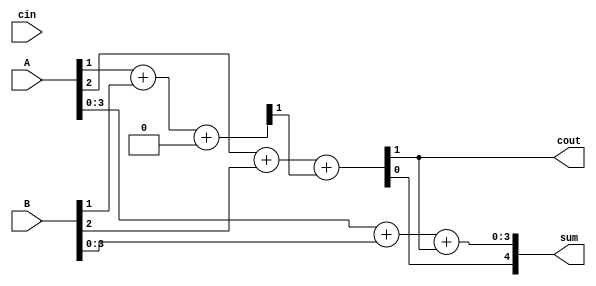
module carry_bypass_adder (
    input wire [31:0] A,
    input wire [31:0] B,
    input wire cin,
    output reg [31:0] sum,
    output reg cout
);

wire [31:0] c0, c1, c2;
wire [31:0] s0, s1, s2;

assign {c0[0], s0} = A[0] + B[0] + cin;
assign {c1[0], s1[0]} = A[1] + B[1] + c0[0];
assign {c2[0], s2[0]} = A[2] + B[2] + c1[0];

always @* begin
    sum = {s2, A[3:0] + B[3:0] + c2[0]};
    cout = c2[0];
end

endmodule